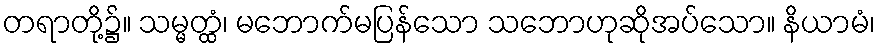
တရာတို့၌။ သမ္မတ္ထံ၊ မဘောက်မပြန်သော သဘောဟုဆိုအပ်သော။ နိယာမံ၊